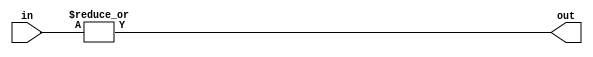
/*

LOW on 0

a   b   o
---------
0   0   0
0   1   1
1   0   1
1   1   1

*/

module or_gate #(parameter N = 2)(
    input [N-1:0] in,
    output out
);
    
    assign out = |in;

endmodule